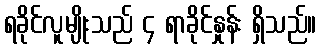
ရခိုင်လူမျိုးသည် ၄ ရာခိုင်နှုန်း ရှိသည်။